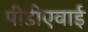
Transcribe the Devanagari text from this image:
पीडीएवाई